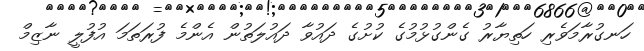
ހަނގުރާމަވެރި ހަތިޔާރު ގެންގުޅުމުގެ ކުށުގެ ދައުވާ ދައުލަތުން އެންމެ ފުރަތަމަ އުފުލީ ނާޒިމް